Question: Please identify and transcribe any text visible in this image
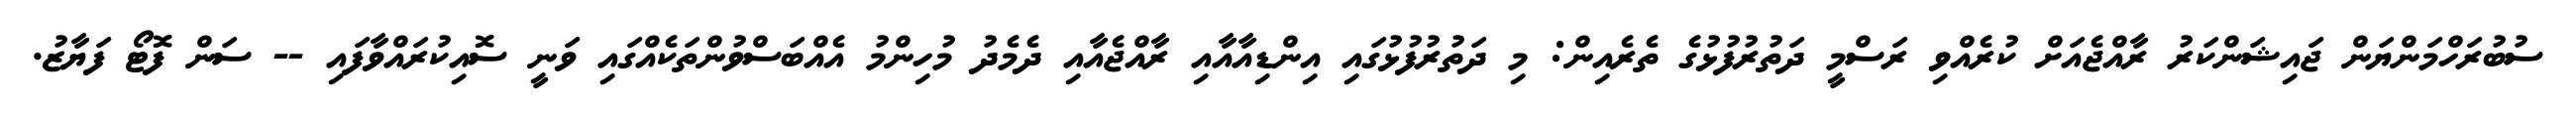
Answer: ސުބުރަހްމަންޔަން ޖައިޝަންކަރު ރާއްޖެއަށް ކުރެއްވި ރަސްމީ ދަތުރުފުޅުގެ ތެރެއިން: މި ދަތުރުފުޅުގައި އިންޑިއާއާއި ރާއްޖެއާއި ދެމެދު މުހިންމު އެއްބަސްވުންތަކެއްގައި ވަނީ ސޮއިކުރައްވާފައި -- ސަން ފޮޓޯ ފަޔާޒު.